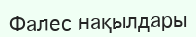
Фалес нақылдары